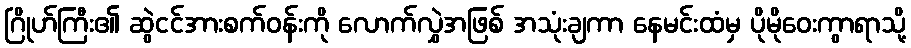
ဂြိုဟ်ကြီး၏ ဆွဲငင်အားစက်ဝန်းကို လောက်လွှဲအဖြစ် အသုံးချကာ နေမင်းထံမှ ပိုမိုဝေးကွာရာသို့